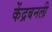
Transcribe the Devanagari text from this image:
केंद्रबनली